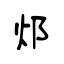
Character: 邩